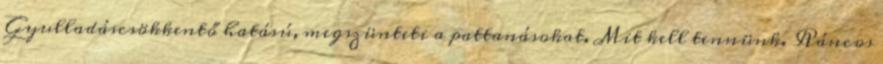
Gyulladáscsökkentő hatású, megszünteti a pattanásokat. Mit kell tennünk. Ráncos